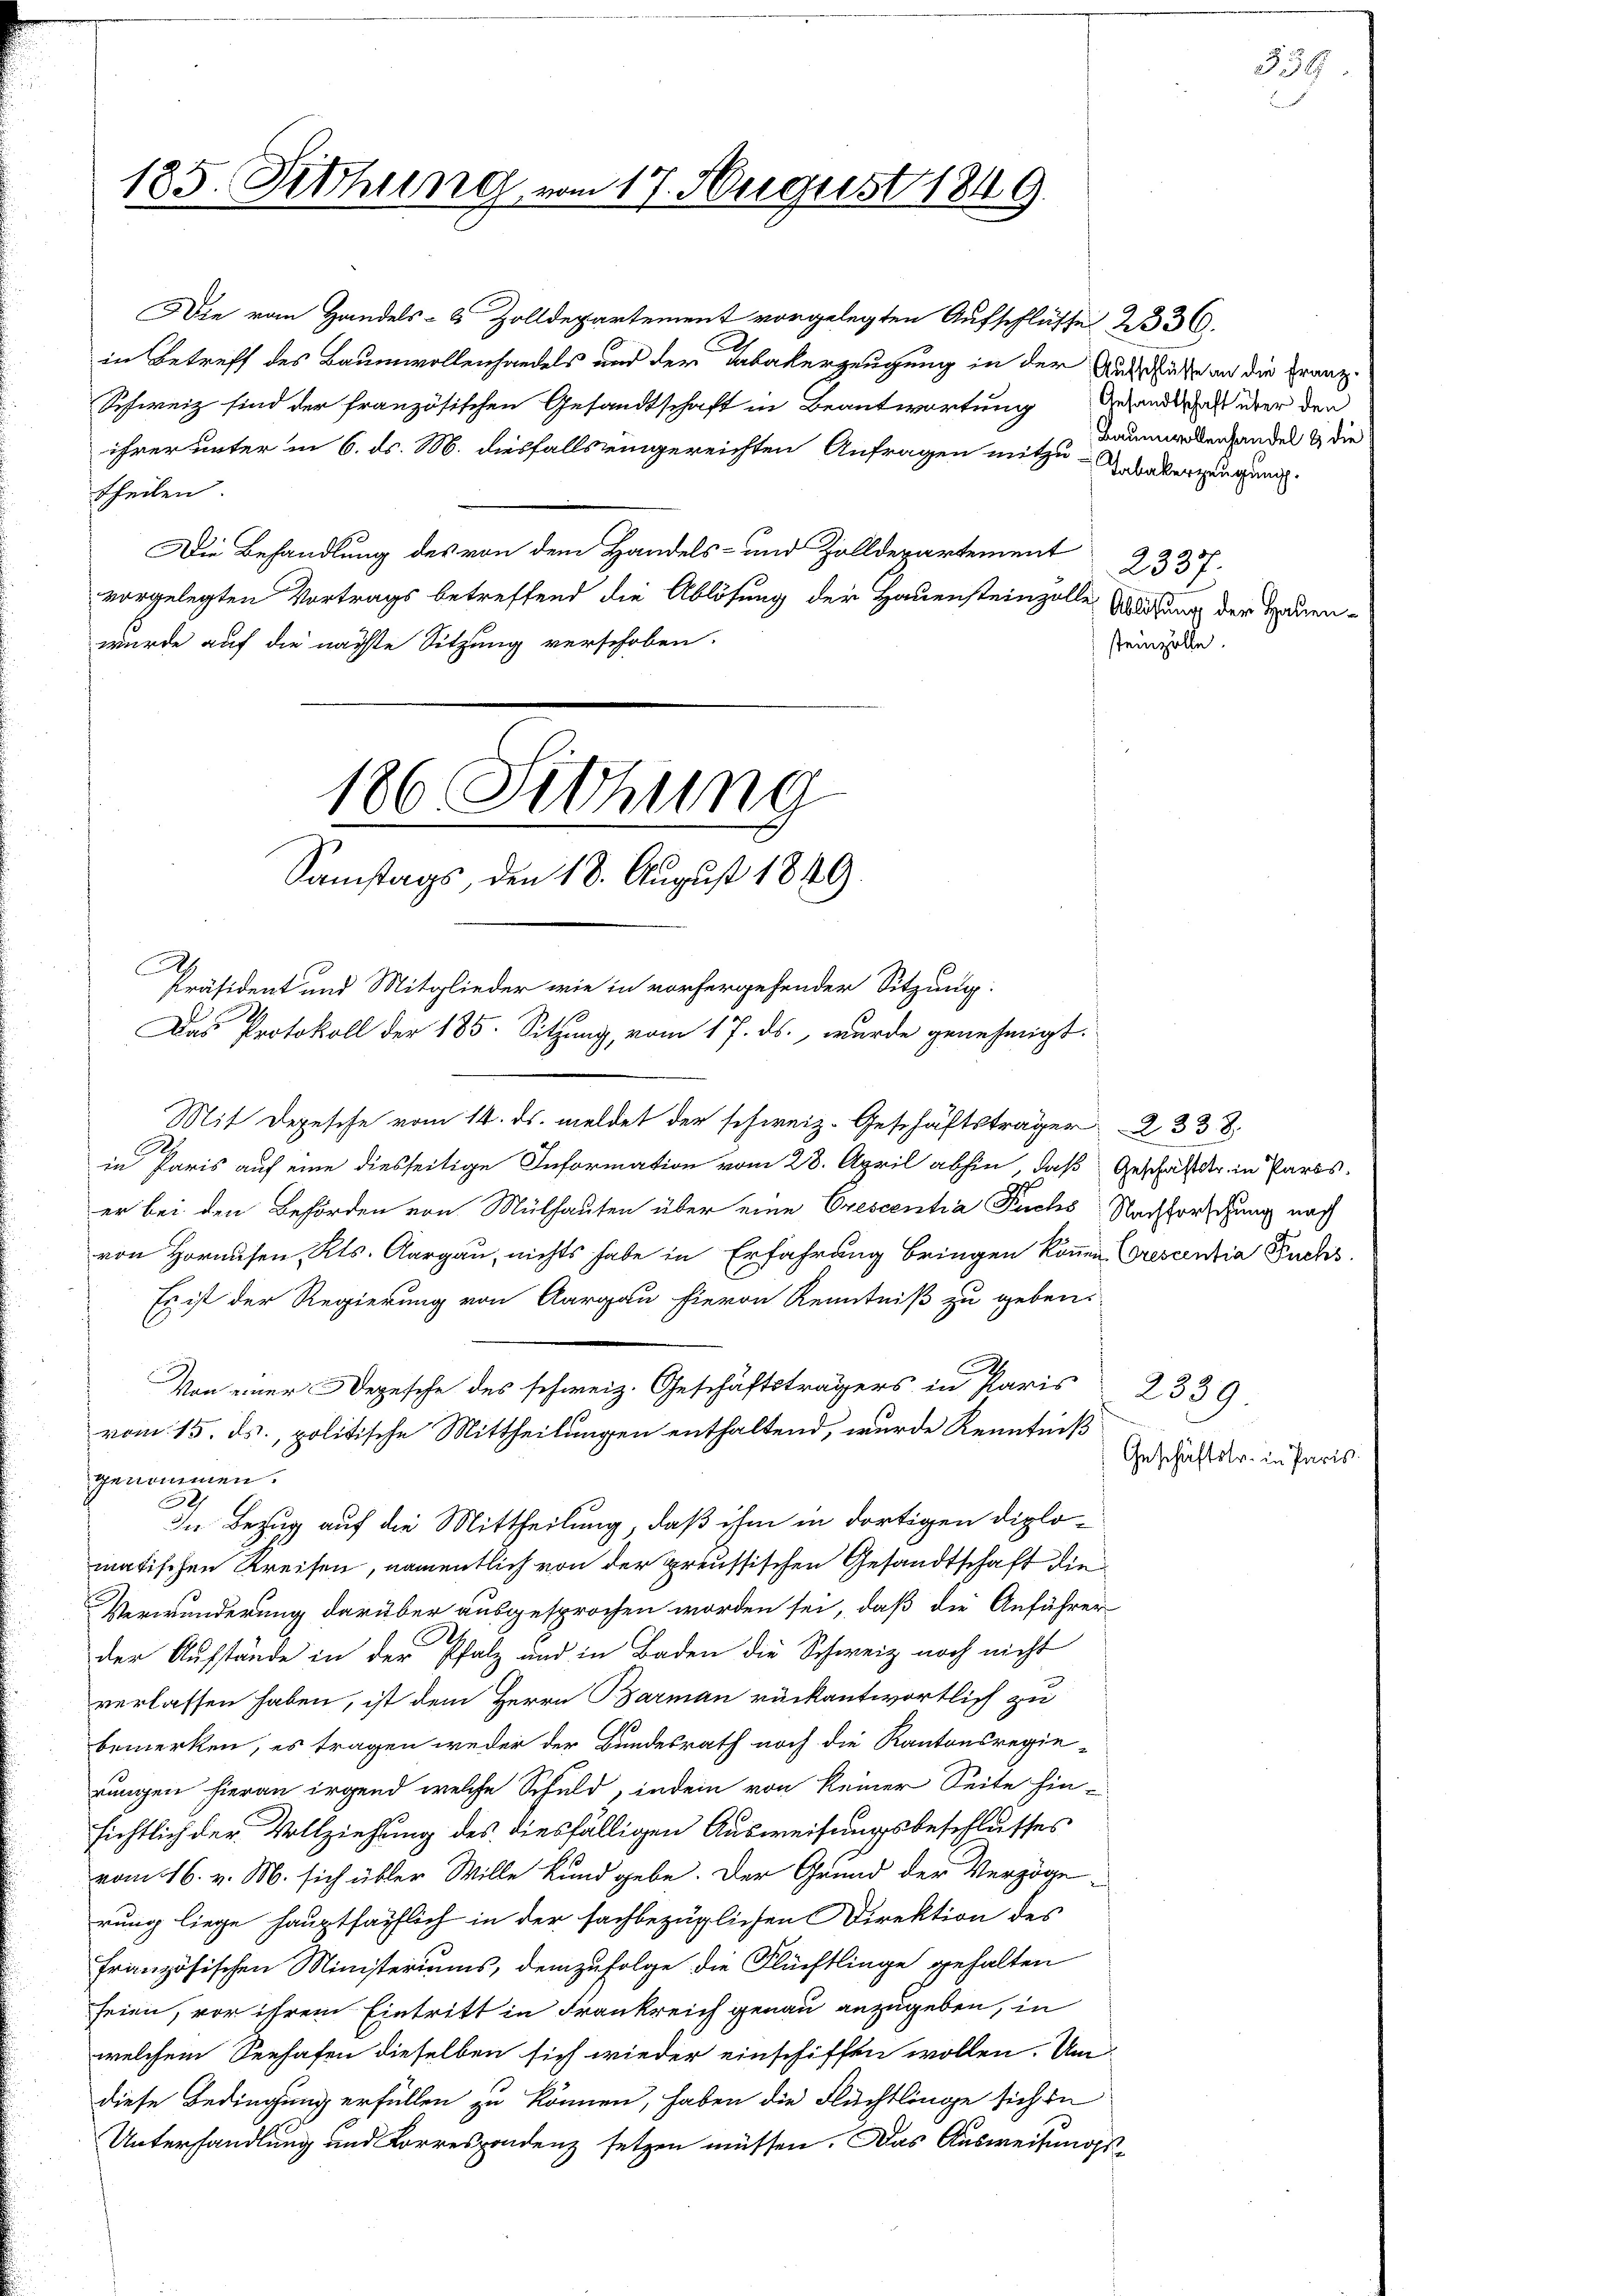
185. Fethung vom 17. August 1849.

Die vom Handels- & Zolldepartement vorgelegten Aufschlüsse 2330.
in Betreff des Baumwollenhandels und der Tabakerzeugung in der Ausdrücke an die Franz-
Schweiz sind der französischen Gesandtschaft in Beantwortung
ihrer unter in 6. ds. M. diesfalls eingereichten Anfragen mitzu-Antalerzeugung
theilen
Die Behandlung des von dem Handels- und Zolldepartement 23377.
vorgelegten Vortrags betreffend die Ablösung der Hauensteinzelle Waldung der Hauer
wurde auf die nächte Sitzung verschoben.
186 Sichung

Samstags, den 18. August 1849

Von einer Depesche des schweiz. Geschäftsträgers in Paris

.
Mit Depesche vom 14. ds. meldet der schweiz. Geschäftsträger 2338
in Paris auf eine diesseitige Information vom 28. April abhin, daß Geschäft er in Parser bei den Behörden von Mülhauten über eine Crescentia Fuchs Nachforschung nach
von Horausen, Kts. Aargau, nichts habe in Erfahrung bringen können Crescentia Fuchs
Es ist der Regierung von Aargau hievon Kenntniß zu geben.
vom 15. ds., politische Mittheilungen enthaltend, wurde Kenntniß
genommen.
3
In Bezug auf die Mittheilung, daß ihm in dortigen Diplomatischen Kreisen, namentlich von der preussischen Gesandtschaft die
Verwunderung darüber ausgesprochen worden sei, daß die Anführer
der Aufstände in der Pfalz und in Baden die Schweiz noch nicht
verlassen haben, ist dem Herrn Barman rückantwortlich zu
bemerken, es tragen weder der Bundesrath noch die Kantonsregie-
rungen hieran irgend welche Schuld, indem von keiner Seite hin-
sichtlich der Vollziehung des diesfälligen Ausweisungsbeschlusses
vom 16. v. M. sich übler Wille Kundgebe. Der Grund der Verzöge
rung liege hauptsächlich in der sachbezüglichen Direktion des
französischen Ministeriums, demzufolge die Flüchtlinge gehalten
seien, vor ihrem Eintritt in Frankreich genau anzugeben, in
welchem Seehafen dieselben sich wieder einschiffen wollen. Um
diese Bedingung erfüllen zu können, haben die Flüchtlinge sich in
Unterhandlung und Korrespondenz setzen müssen. Das Ausweisungs¬

Präsident und Mitglieder wie in vorhergehender Sitzung:
Das Protokoll der 185. Sitzung, vom 17. ds., wurde genehmigt:

Gesandtschaft über den
Baumwollenhandel & die

steinzolle.

Geschäftstr. in Paris.

2599

.74